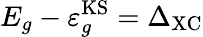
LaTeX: E_{g}-\varepsilon_{g}^{\mathrm{KS}}=\Delta_{\mathrm{XC}}